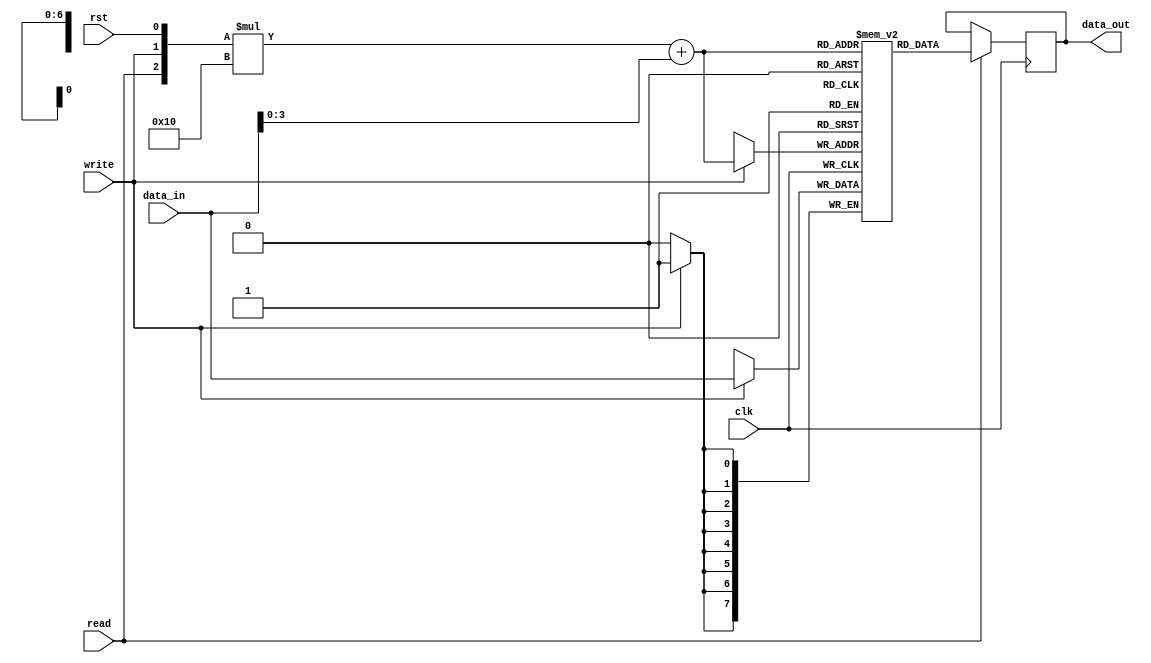
module MemoryBlocksPCM (
    input wire clk,
    input wire rst,
    input wire read,
    input wire write,
    input wire [7:0] data_in,
    output reg [7:0] data_out
);

// Parameters
parameter NUM_ROWS = 8;
parameter NUM_COLS = 16;

// Internal signals
reg [7:0] memory [0:NUM_ROWS-1][0:NUM_COLS-1];
reg [3:0] address_row, address_col;

// Address decoding logic
always @* begin
    address_row = {read, write, rst};
    address_col = data_in[3:0];
end

// Read operation
always @(posedge clk) begin
    if (read) begin
        data_out <= memory[address_row][address_col];
    end
end

// Write operation
always @(posedge clk) begin
    if (write) begin
        memory[address_row][address_col] <= data_in;
    end
end

endmodule